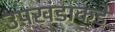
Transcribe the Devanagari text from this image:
उपखंडाकडे